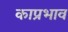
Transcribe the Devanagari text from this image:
काप्रभाव